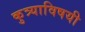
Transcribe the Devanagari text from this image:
कुत्र्याविषयी